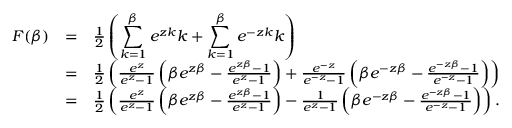
\begin{array} { r c l } { F ( \beta ) } & { = } & { \frac { 1 } { 2 } \left( \displaystyle \sum _ { k = 1 } ^ { \beta } e ^ { z k } k + \displaystyle \sum _ { k = 1 } ^ { \beta } e ^ { - z k } k \right) } \\ & { = } & { \frac { 1 } { 2 } \left( \frac { e ^ { z } } { e ^ { z } - 1 } \left( \beta e ^ { z \beta } - \frac { e ^ { z \beta } - 1 } { e ^ { z } - 1 } \right) + \frac { e ^ { - z } } { e ^ { - z } - 1 } \left( \beta e ^ { - z \beta } - \frac { e ^ { - z \beta } - 1 } { e ^ { - z } - 1 } \right) \right) } \\ & { = } & { \frac { 1 } { 2 } \left( \frac { e ^ { z } } { e ^ { z } - 1 } \left( \beta e ^ { z \beta } - \frac { e ^ { z \beta } - 1 } { e ^ { z } - 1 } \right) - \frac { 1 } { e ^ { z } - 1 } \left( \beta e ^ { - z \beta } - \frac { e ^ { - z \beta } - 1 } { e ^ { - z } - 1 } \right) \right) . } \end{array}